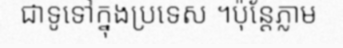
ជាទូទៅក្នុងប្រទេស ។ប៉ុន្តែភ្លាម